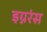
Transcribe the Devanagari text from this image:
इग्नरंस